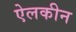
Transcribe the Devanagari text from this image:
ऐलकीन